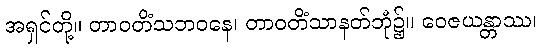
အရှင်တို့။ တာဝတိံသဘဝနေ၊ တာဝတိံသာနတ်ဘုံ၌။ ဝေဇယန္တာဿ၊